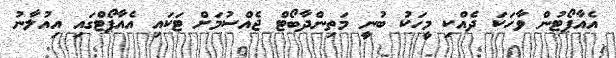
އެއާޕޯޓުން ވާހަކަ ދެއްކި މީހަކު ބުނީ މަތިންދާބޯޓް ޖެއްސުމަށް ޓަކައި އެއާޕޯޓްގައި އިއުލާނު